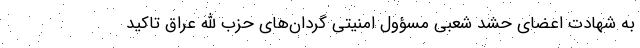
به شهادت اعضای حشد شعبی مسؤول امنیتی گردان‌های حزب الله عراق تاکید